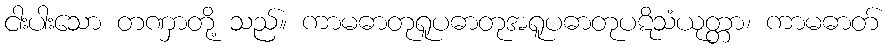
ငါးပါးသော တဏှာတို့ သည်။ ကာမဓာတုရူပဓာတုအရူပဓာတုပဋိသံယုတ္တာ၊ ကာမဓာတ်